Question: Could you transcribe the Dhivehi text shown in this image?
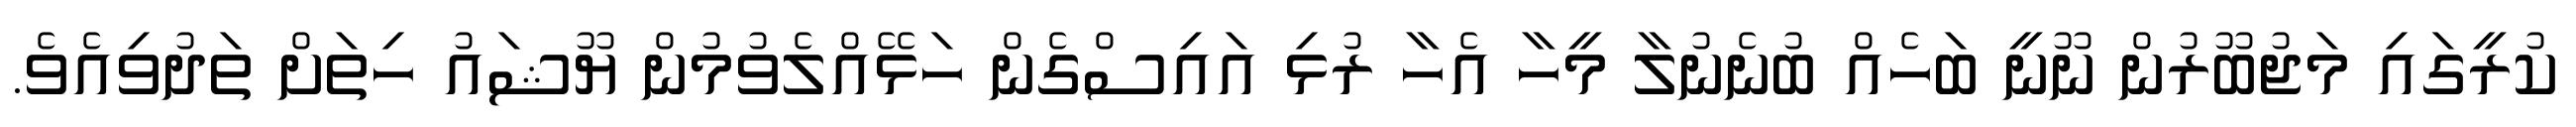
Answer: ކުރީގައި މަޖުބޫރުން ނޫނީ ބަހެއް ބުނެނުލާ މީހާ އެހާ ރުޅި އައިސްގެން ހަޅޭއްލެވުމުން ޔޫޝައު ހިތަށް ތަދުވިއެވެ.